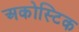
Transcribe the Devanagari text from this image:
अकोस्टिक